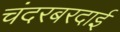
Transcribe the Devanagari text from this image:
चंदरबरदाई